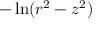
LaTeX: - \ln ( r ^ { 2 } - z ^ { 2 } )